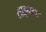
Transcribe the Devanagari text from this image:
साइनगर